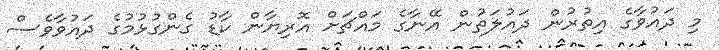
މި ދައުވާގެ އިތުރުން ދައުލަތުން އޭނާގެ މައްޗަށް އޮރިޔާން ކާޑު ގެންގުޅުމުގެ ދައުވާވެސް